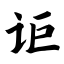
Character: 讵